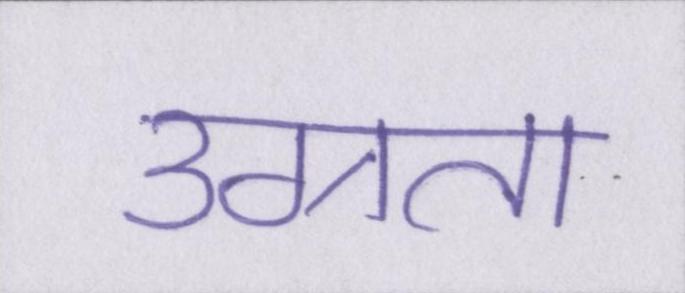
उग्रता